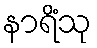
နာရိံသု